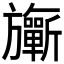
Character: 𣄨